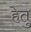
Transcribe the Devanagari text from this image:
हेेतु